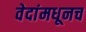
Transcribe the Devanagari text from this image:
वेदांमधूनच